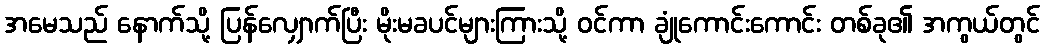
အမေသည် နောက်သို့ ပြန်လျှောက်ပြီး မိုးမခပင်များကြားသို့ ဝင်ကာ ချုံကောင်းကောင်း တစ်ခု၏ အကွယ်တွင်